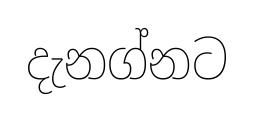
දැනග්නට